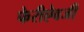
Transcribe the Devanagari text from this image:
फेरीऐवजी